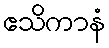
ဧသိကာနံ